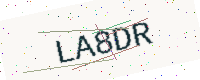
Text: LA8DR